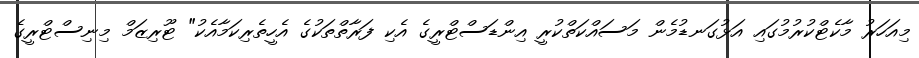
މިއަހަރު މާކެޓްކުރުމުގައި އަޅުގަނޑުމެން މަސައްކަތްކުރީ އިންޑަސްޓްރީގެ އެކި ފަރާތްތަކުގެ އެހީތެރިކަމާއެކު" ޓޫރިޒަމް މިނިސްޓްރީގެ